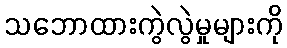
သဘောထားကွဲလွဲမှုများကို